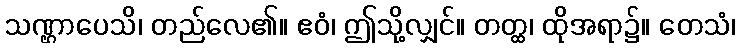
သဏ္ဌာပေသိ၊ တည်လေ၏။ ဧဝံ၊ ဤသို့လျှင်။ တတ္ထ၊ ထိုအရာ၌။ တေသံ၊